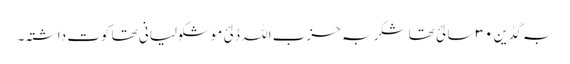
بہ گڈین ۳۰ سالئ تھا شکر بہ حزب اللہ ڈلئ موشکولیانی تھا کوت داشتہ۔